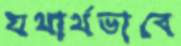
যথার্থভাবে